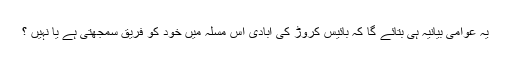
یہ عوامی بیانیہ ہی بتائے گا کہ بائیس کروڑ کی آبادی اس مسلہ میں خود کو فریق سمجھتی ہے یا نہیں ؟